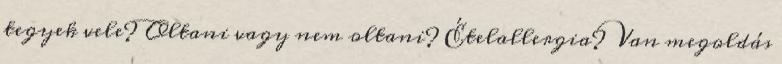
tegyek vele? Oltani vagy nem oltani? Ételallergia? Van megoldás